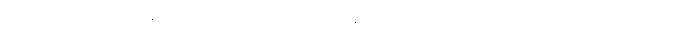
ဝိပါက်တည်းဟူသောနာမည်ကို။ ပရိဂ္ဂဟေတုံစ၊ အနိစ္စစသည်ဖြင့် သိမ်းဆည်းခြင်းငှါလည်း။ နသက္ကာ၊